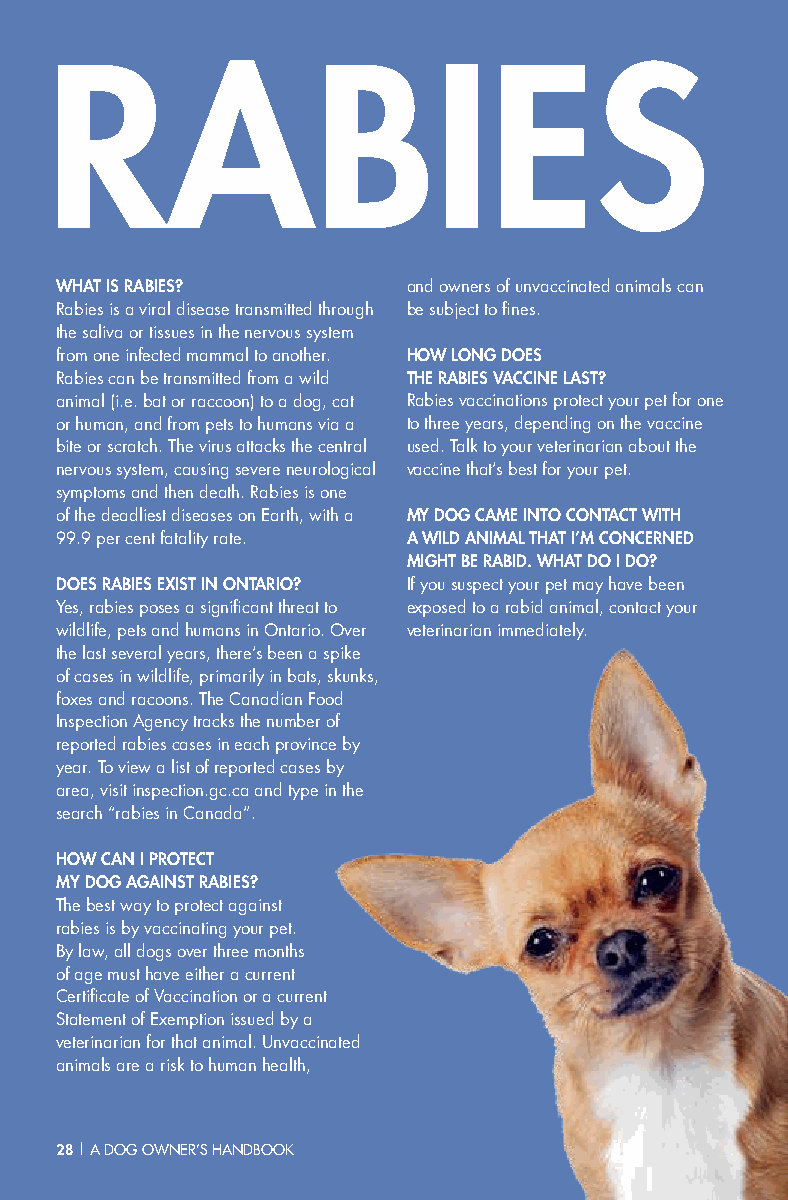
RABIES
 WHAT IS RABIES?        and owners of unvaccinated animals can
 Rabies is a viral disease transmitted through be subject to fines.
 the saliva or tissues in the nervous system
 from one infected mammal to another. HOW LONG DOES
 Rabies can be transmitted from a wild THE RABIES VACCINE LAST?
 animal (i.e. bat or raccoon) to a dog, cat Rabies vaccinations protect your pet for one
 or human, and from pets to humans via a to three years, depending on the vaccine
 bite or scratch. The virus attacks the central used. Talk to your veterinarian about the
 nervous system, causing severe neurological vaccine that’s best for your pet.
 symptoms and then death. Rabies is one
 of the deadliest diseases on Earth, with a MY DOG CAME INTO CONTACT WITH
 99.9 per cent fatality rate. A WILD ANIMAL THAT I’M CONCERNED
 MIGHT BE RABID. WHAT DO I DO?
 DOES RABIES EXIST IN ONTARIO? If you suspect your pet may have been
 Yes, rabies poses a significant threat to exposed to a rabid animal, contact your
 wildlife, pets and humans in Ontario. Over veterinarian immediately.
 the last several years, there’s been a spike
 of cases in wildlife, primarily in bats, skunks,
 foxes and racoons. The Canadian Food
 Inspection Agency tracks the number of
 reported rabies cases in each province by
 year. To view a list of reported cases by
 area, visit inspection.gc.ca and type in the
 search “rabies in Canada”.
 HOW CAN I PROTECT
 MY DOG AGAINST RABIES?
 The best way to protect against
 rabies is by vaccinating your pet.
 By law, all dogs over three months
 of age must have either a current
 Certificate of Vaccination or a current
 Statement of Exemption issued by a
 veterinarian for that animal. Unvaccinated
 animals are a risk to human health,
 2288 || AA DDOOGG OOWWNNEERR’’SS HHAANNDDBBOOOOKK
 AM
 V
 O